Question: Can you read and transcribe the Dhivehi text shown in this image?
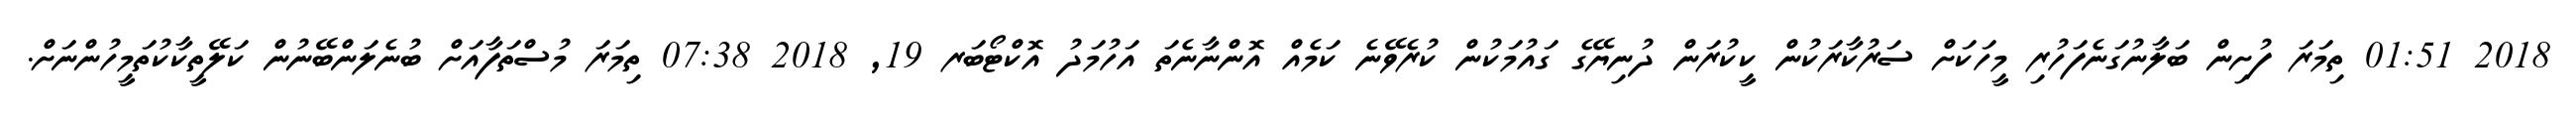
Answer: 2018 01:51 ތިމަރަ ފުށިން ބަލާނުގަނެފަހުރި މީހަކަށް ސަރުކާރަކުން ކީކުރަން ދުނިޔޭގެ ގައުމަކުން ކުރެވޭނެ ކަމެއް އޮންނާނެތަ އަހުމަދު އޮކްޓޯބަރ 19, 2018 07:38 ތިމަރަ މުސްތަފާއަށް ބުނެލަންބޭނުން ކަލޭތީކާކުތަމީހުންނަށް.